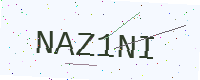
Text: NAZ1NI